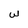
Character: w